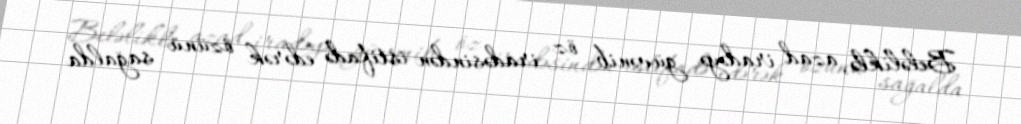
Beləliklə, azad iradəyə güvənib öz iradəsindən istifadə edərək özünü sağalda